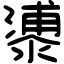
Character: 𣿀